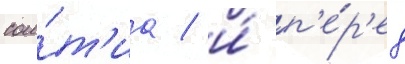
сои́т'иа / и́ п'е́р'ед